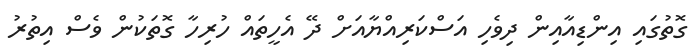
ގޮތުގައި އިންޑިއާއިން ދިވެހި އަސްކަރިއްޔާއަށް ދޭ އެހީތައް ހުރިހާ ގޮތަކުން ވެސް އިތުރު